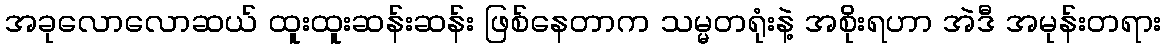
အခုလောလောဆယ် ထူးထူးဆန်းဆန်း ဖြစ်နေတာက သမ္မတရုံးနဲ့ အစိုးရဟာ အဲဒီ အမုန်းတရား